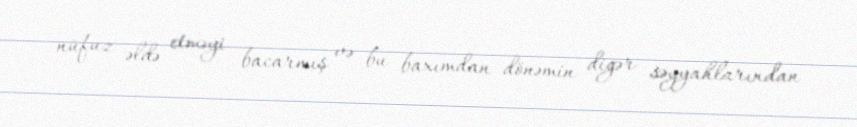
nüfuz əldə etməyi bacarmış və bu baxımdan dönəmin digər səyyahlarından